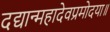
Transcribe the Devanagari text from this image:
दद्यान्महादेवप्रमोदया॥